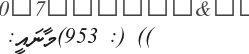
)) (: 953)މާނައީ: